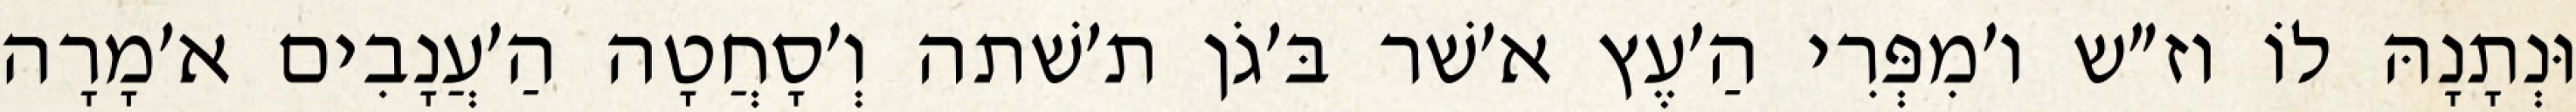
וּנְתָנָהּ לוֹ וז״ש ו׳מִפְּרִי הַ׳עֶץ א׳שׁר בּ׳גֹן ת׳שׁתה וְ׳סָחֲטָה הַ׳עֲנָבִים א׳מָרָה